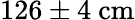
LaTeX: \mathrm{126\pm 4~cm}